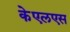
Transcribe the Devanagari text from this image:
केएलएस